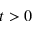
t > 0